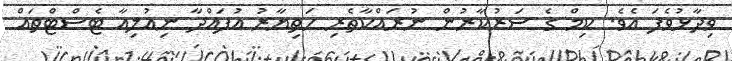
ވިދާޅުވެފަ އެވެ. ކިމް ގެ ސަރުކާރުން ނުރައްކާތެރި ހަތިޔާރު އުފައްދާ ނިއުލިއާ ޓެސްޓްތައް